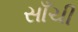
સાઁચી